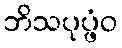
ဘိသပုပ္ဖံဝ